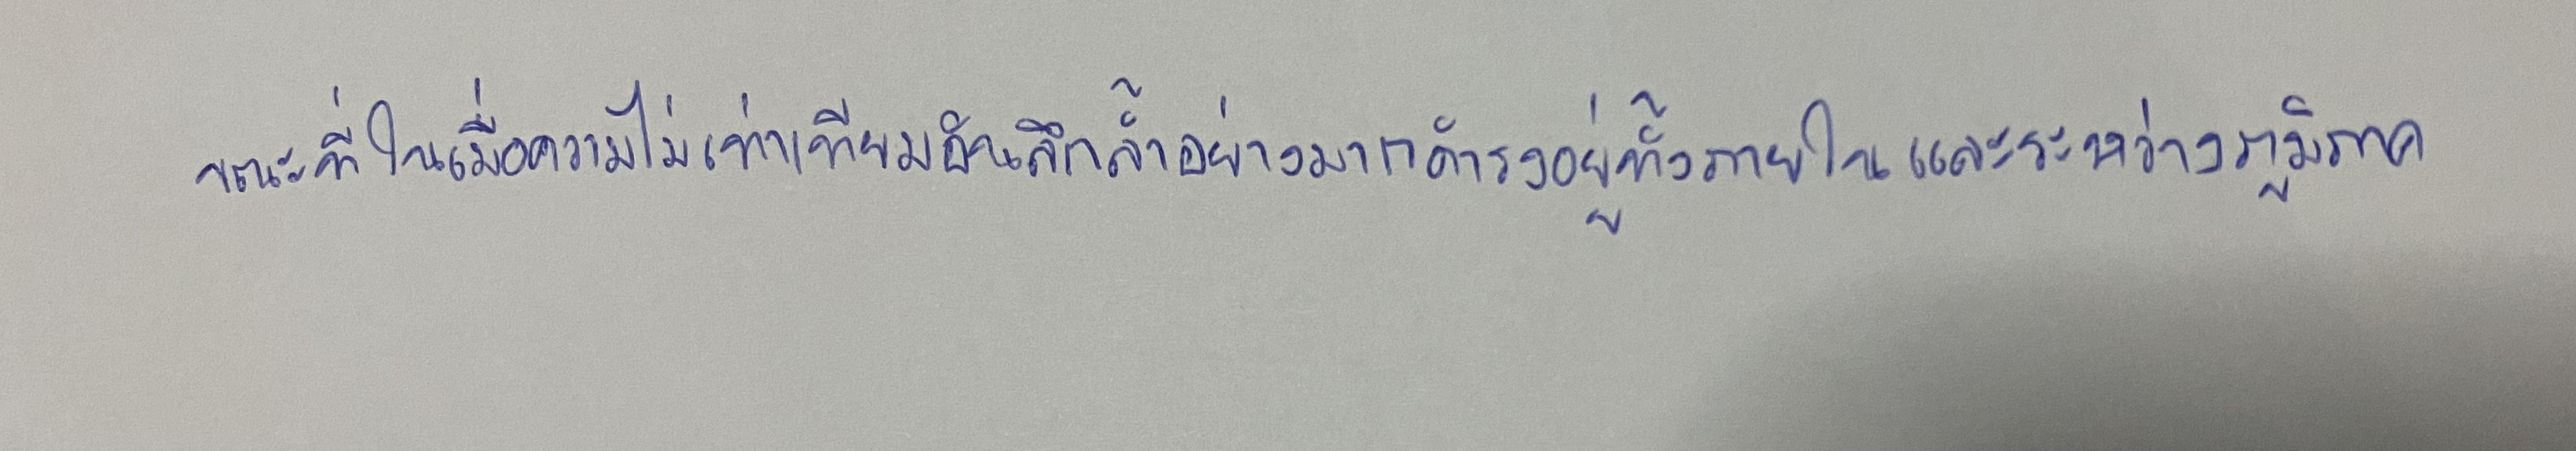
ขณะที่ในเมื่อความไม่เท่าเทียมอันลึกล้ำอย่างมากดำรงอยู่ทั้งภายในและระหว่างภูมิภาค